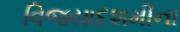
વિજયાદશમીના